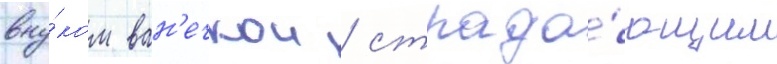
вну́ком ван'ечкои / страда́ющим